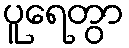
ပူရေတွာ